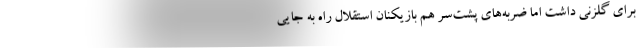
برای گلزنی داشت اما ضربه‌های پشت‌سر هم بازیکنان استقلال راه به جایی